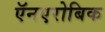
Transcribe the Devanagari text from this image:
ऍनएरोबिक